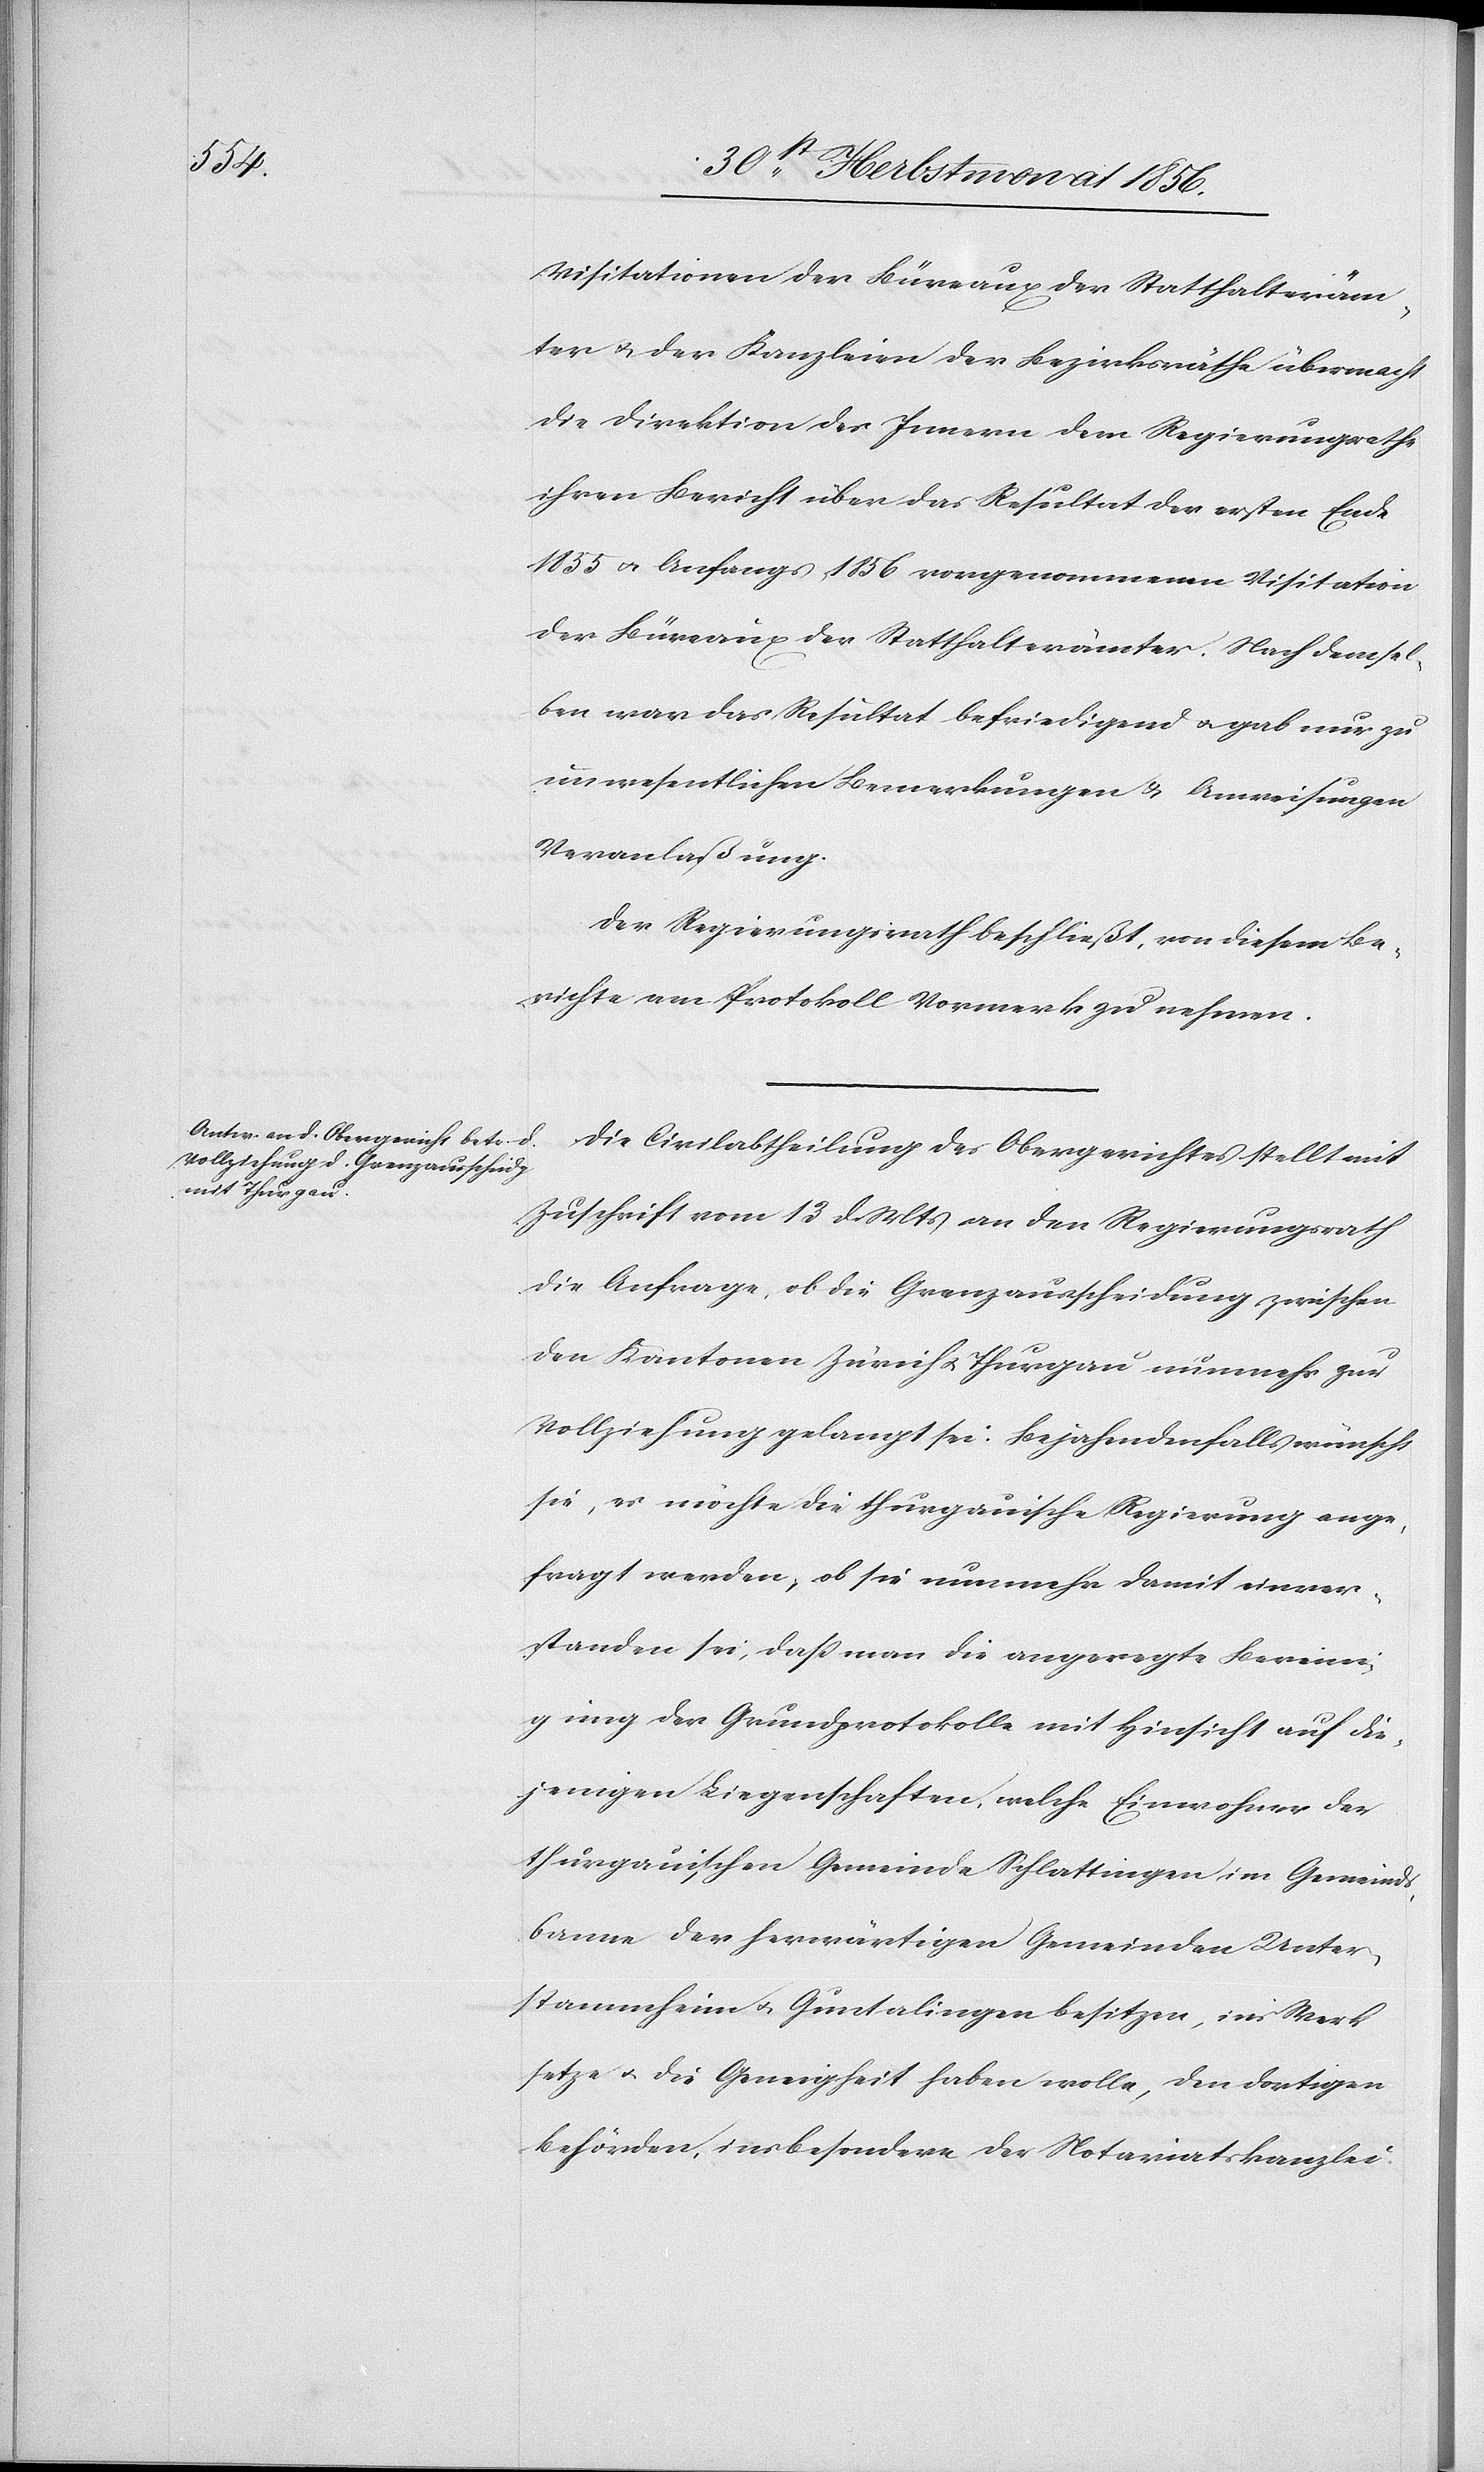
Visitationen der Büreaux der Statthalteräm¬
ter u. der Kanzleien der Bezirksräthe übermacht
die Direktion des Innern dem Regierungsrathe
ihren Bericht über das Resultat der ersten Ende
1855 u. Anfangs 1856 vorgenommenen Visitation
der Büreaux der Statthalterämter. Nach demsel¬
ben war das Resultat befriedigend u. gab nur zu
unwesentlichen Bemerkungen & Anweisungen
Veranlaßung.
Der Regierungsrath beschließt, von diesem Be¬
richte am Protokoll Vormerk zu nehmen.
Die Civilabtheilung des Obergerichtes stellt mit
Zuschrift vom 13 d. Mts an den Regierungsrath
die Anfrage, ob die Grenzausscheidung zwischen
den Kantonen Zürich u. Thurgau nunmehr zur
Vollziehung gelangt sei: Bejahendenfalls wünscht
sie, es möchte die thurgauische Regierung ange¬
fragt werden, ob sie nunmehr damit einver¬
standen sei, dass man die angeregte Bereini¬
gung der Grundprotokolle mit Hinsicht auf die¬
jenigen Liegenschaften, welche Einwohner der
thurgauischen Gemeinde Schlattingen im Gemeind¬
sbanne der herwärtigen Gemeinden Unter¬
stammheim u. Guntalingen besitzen, ins Werk
setze u. die Geneig[t]heit haben wolle, den dortigen
Behörden, insbesondere der Notariatskanzlei